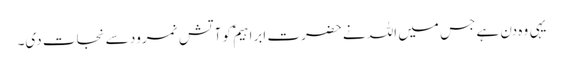
یہی وہ دن ہے جس میں اللہ نے حضرت ابراہیمؑ کو آتش نمرود سے نجات دی۔